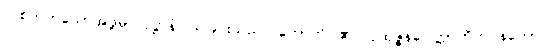
တစ်ဘက်သောအဖို့မှ။ ဝုဋ္ဌာနံ၊ ထခြင်းသည်။ ဟောတိ၊ ၏။ ပုထုဇ္ဇနဂေါတ္တာဘိဘဝနတော၊